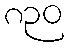
၈၃၀